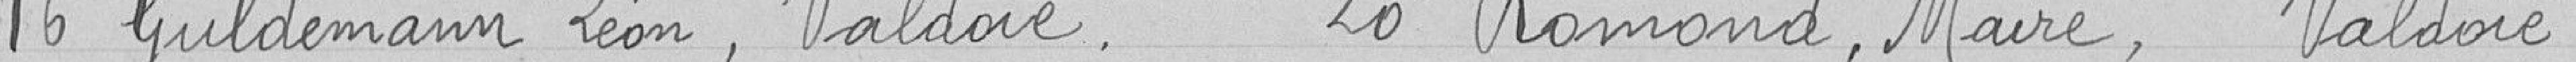
16 Guldemann Léon, Valdoie      20 Romond, Maire, Valdoie